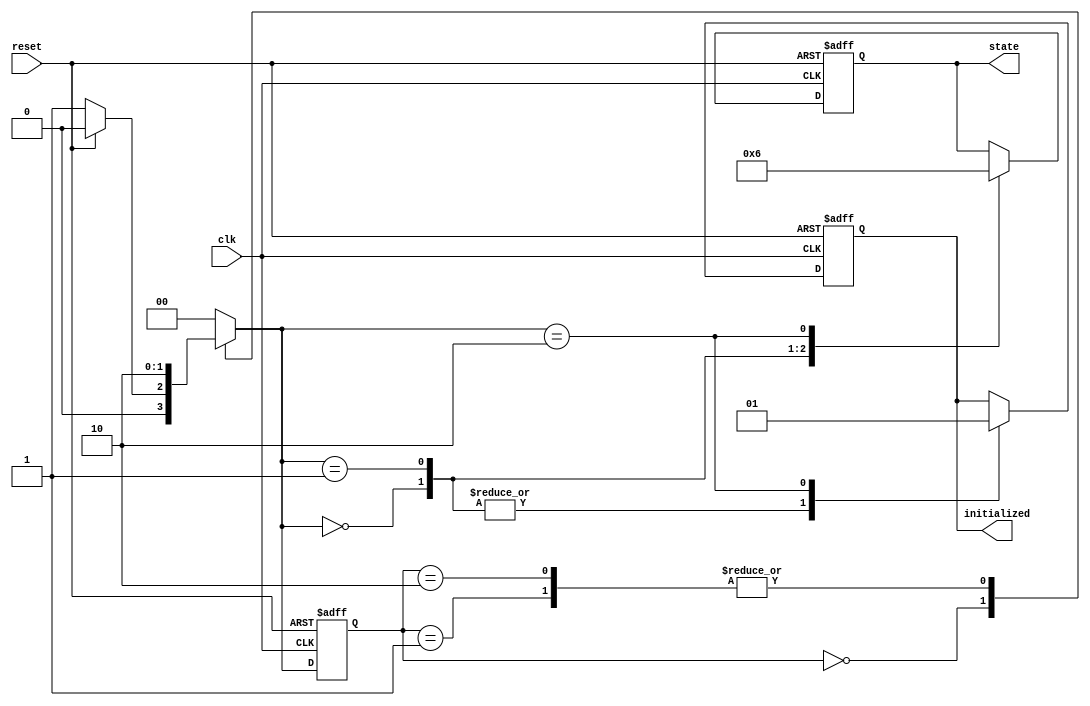
module ClockCycleInitialization (
    input wire clk,              // Clock signal
    input wire reset,            // Asynchronous reset signal
    output reg initialized,      // Initialization completed signal
    output reg [1:0] state       // Current state of the system
);

    // State encoding
    localparam IDLE         = 2'b00;
    localparam INITIALIZING = 2'b01;
    localparam READY        = 2'b10;

    // Internal state variable
    reg [1:0] current_state, next_state;

    // State transition logic
    always @(*) begin
        case (current_state)
            IDLE: begin
                if (!reset) begin
                    next_state = INITIALIZING; // Transition to INITIALIZING on clock edge
                end else begin
                    next_state = IDLE; // Stay in IDLE if reset is asserted
                end
            end
            INITIALIZING: begin
                // Assume initialization takes one clock cycle for simplicity
                next_state = READY; // Transition to READY after initialization
            end
            READY: begin
                next_state = READY; // Stay in READY state
            end
            default: next_state = IDLE; // Default to IDLE state
        endcase
    end

    // State update and output logic
    always @(posedge clk or posedge reset) begin
        if (reset) begin
            current_state <= IDLE; // Reset state to IDLE
            initialized <= 1'b0;   // Clear initialized signal
            state <= IDLE;         // Set state to IDLE
        end else begin
            current_state <= next_state; // Update current state
            case (next_state)
                IDLE: begin
                    initialized <= 1'b0; // Not initialized
                    state <= IDLE;       // Output current state
                end
                INITIALIZING: begin
                    initialized <= 1'b0; // Still initializing
                    state <= INITIALIZING; // Output current state
                end
                READY: begin
                    initialized <= 1'b1; // Initialization complete
                    state <= READY;      // Output current state
                end
            endcase
        end
    end

endmodule